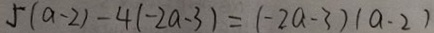
5 ( a - 2 ) - 4 ( - 2 a - 3 ) = ( - 2 a - 3 ) ( a - 2 )